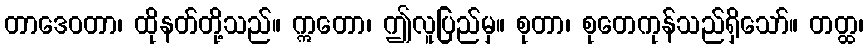
တာဒေဝတာ၊ ထိုနတ်တို့သည်။ ဣတော၊ ဤလူပြည်မှ။ စုတာ၊ စုတေကုန်သည်ရှိသော်။ တတ္ထ၊